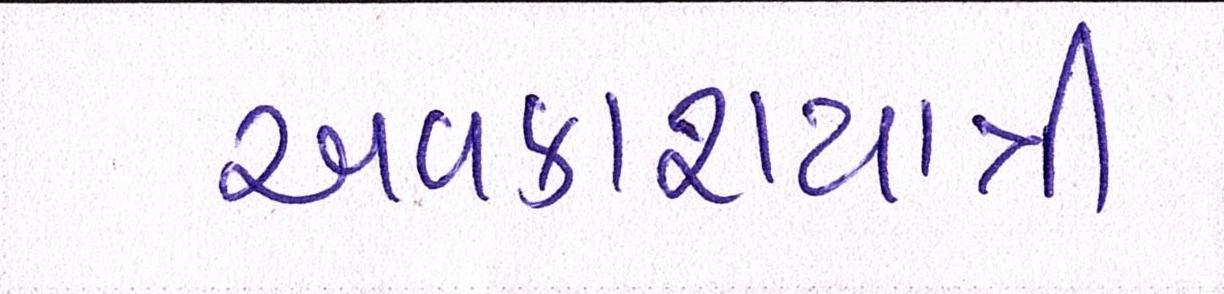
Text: અવકાશયાત્રી